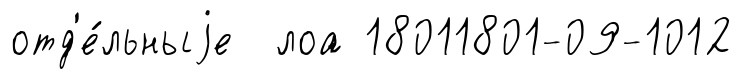
отд'е́льныjе лоа 18011801-09-1012